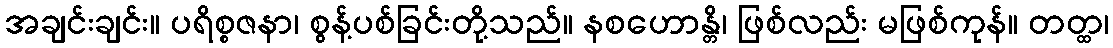
အချင်းချင်း။ ပရိစ္စဇနာ၊ စွန့်ပစ်ခြင်းတို့သည်။ နစဟောန္တိ၊ ဖြစ်လည်း မဖြစ်ကုန်။ တတ္ထ၊